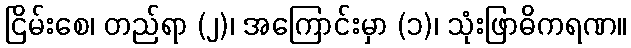
ငြိမ်းစေ၊ တည်ရာ (၂)၊ အကြောင်းမှာ (၁)၊ သုံးဖြာဓိကရဏ။